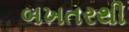
બખતરથી